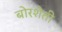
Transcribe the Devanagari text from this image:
बोरशेती